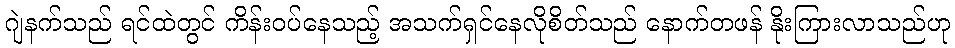
ဂျဲနက်သည် ရင်ထဲတွင် ကိန်းဝပ်နေသည့် အသက်ရှင်နေလိုစိတ်သည် နောက်တဖန် နိုးကြားလာသည်ဟု